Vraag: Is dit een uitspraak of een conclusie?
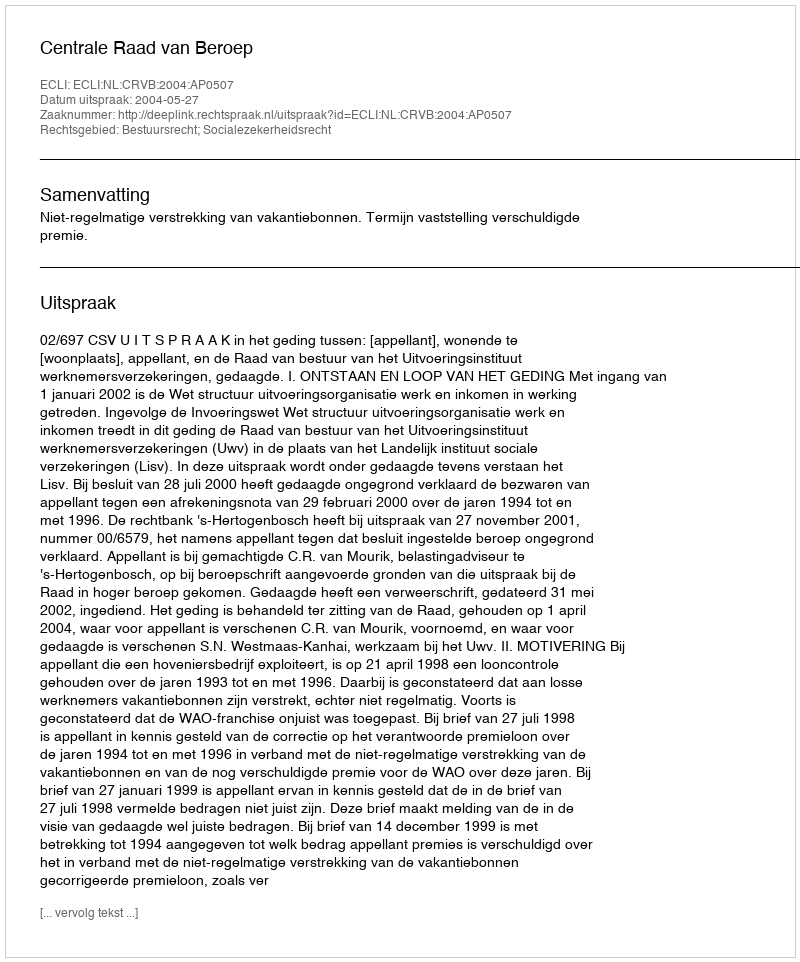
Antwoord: Uitspraak